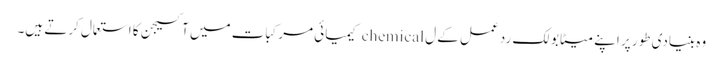
وہ بنیادی طور پر اپنے میٹابولک رد عمل کے ل chemical کیمیائی مرکبات میں آکسیجن کا استعمال کرتے ہیں۔